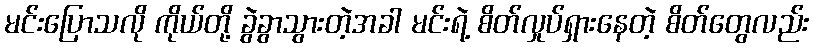
မင်းပြောသလို ကိုယ်တို့ ခွဲခွာသွားတဲ့အခါ မင်းရဲ့ စိတ်လှုပ်ရှားနေတဲ့ စိတ်တွေလည်း